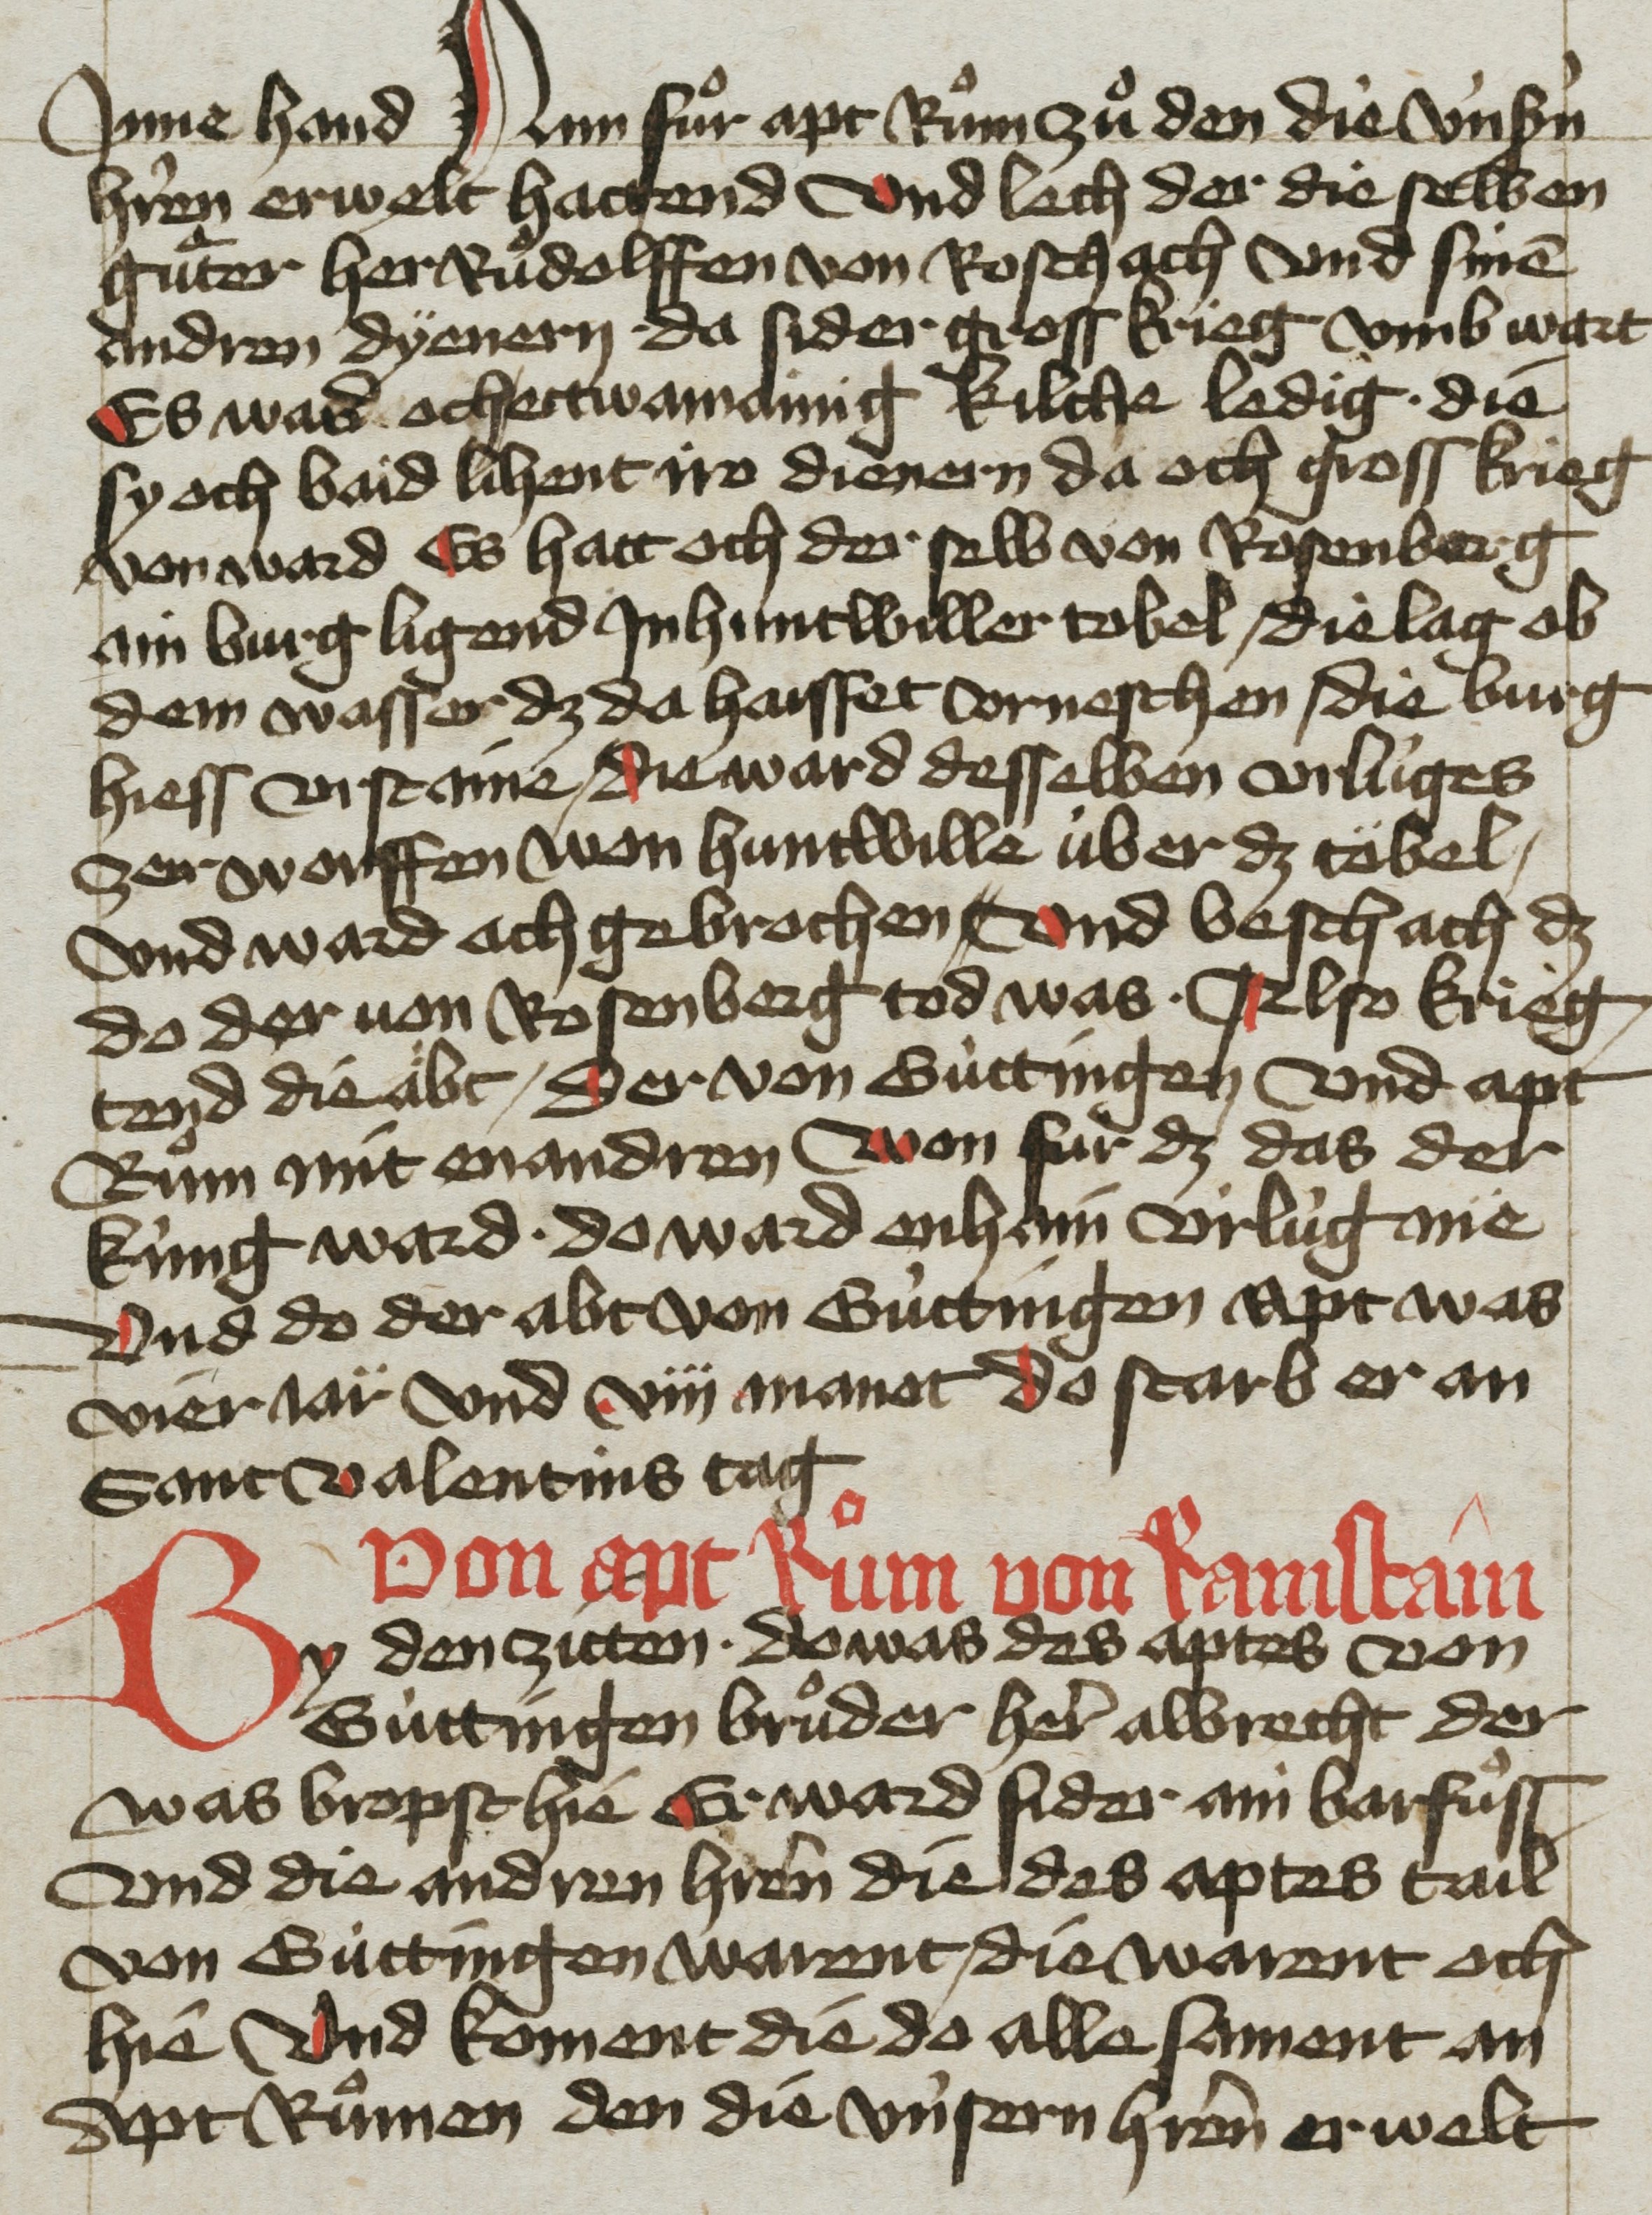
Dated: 1455–1465